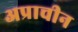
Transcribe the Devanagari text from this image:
अप्राचीन